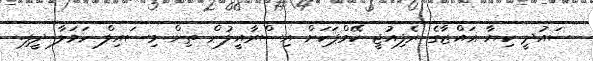
ސައުދީ ކިޔާ ޣައްޒާގެ ރެފިއުޖީ ކޭމްޕަކަށް އިސްރާއީލުން ތިން މިސައިލް ހަމަލާ ދީފި.